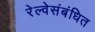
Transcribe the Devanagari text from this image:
रेल्वेसंबंधित